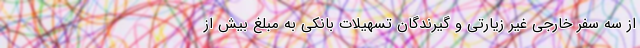
از سه سفر خارجی غیر زیارتی و گیرندگان تسهیلات بانکی به مبلغ بیش از